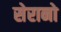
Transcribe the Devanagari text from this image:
सेरानो